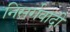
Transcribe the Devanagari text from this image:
निसर्गवादी